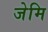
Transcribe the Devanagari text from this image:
जेमि